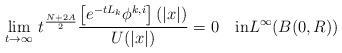
LaTeX: \begin{align*}\lim_{t\to\infty}\,t^{\frac{N+2A}{2}}\frac{\left[e^{-tL_k}\phi^{k,i}\right](|x|)}{U(|x|)}=0\quad\mbox{in}L^\infty(B(0,R))\end{align*}